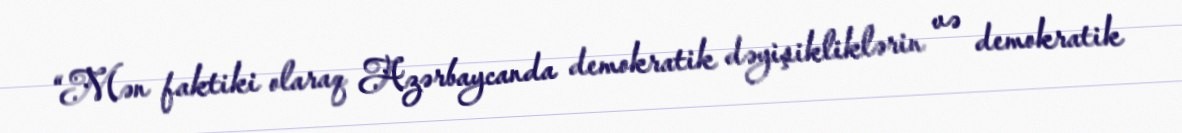
“Mən faktiki olaraq Azərbaycanda demokratik dəyişikliklərin və demokratik